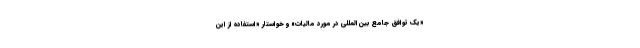
«یک توافق جامع بین‌المللی در مورد مالیات» و خواستار «استفاده از این